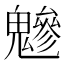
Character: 𩴑